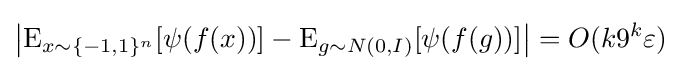
\left|\operatorname {E} _{x\sim \{-1,1\}^{n}}[\psi (f(x))]-\operatorname {E} _{g\sim N(0,I)}[\psi (f(g))]\right|=O(k9^{k}\varepsilon )